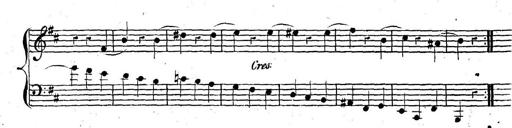
Title: Nouvelle Sonatine facile et agrÃ©able
Composer: Ignaz Moscheles
Key: G major